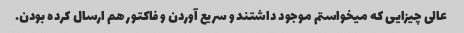
عالی چیزایی که میخواستم موجود داشتند و سریع آوردن و فاکتور هم ارسال کرده بودن.